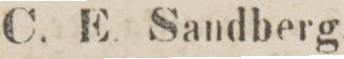
78    C. E. Sandberg.